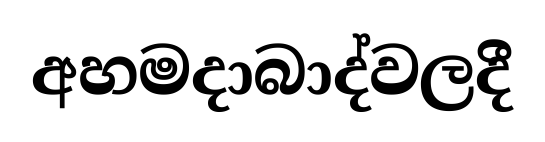
අහමදාබාද්වලදී